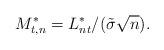
LaTeX: \begin{align*}M_{t,n}^*=L_{nt}^*\slash(\tilde\sigma\sqrt n).\end{align*}